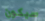
سيكون